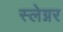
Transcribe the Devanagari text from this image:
स्लेग्नर